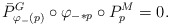
\begin{align*}\bar P^G_{\varphi_-(p)} \circ \varphi_{-*p} \circ P^M_p = 0.\end{align*}